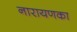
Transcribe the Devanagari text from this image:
नारायणका